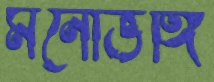
মনোভঙ্গি